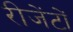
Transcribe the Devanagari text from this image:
रीजेंटों